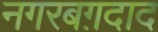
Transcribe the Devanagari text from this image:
नगरबग़दाद